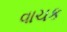
વાચક